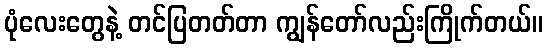
ပုံလေးတွေနဲ့ တင်ပြတတ်တာ ကျွန်တော်လည်းကြိုက်တယ်။